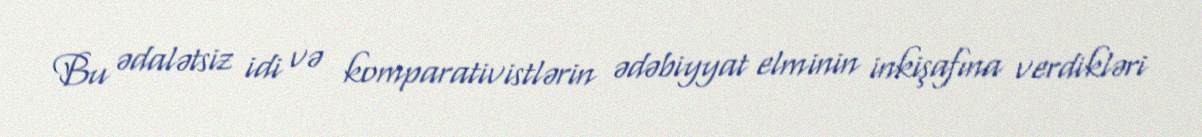
Bu ədalətsiz idi və komparativistlərin ədəbiyyat elminin inkişafına verdikləri